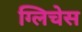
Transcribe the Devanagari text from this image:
ग्लिचेस